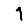
Digit: 1